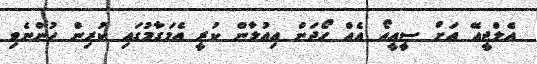
އެލްޖީއޭ އަށް ސީއީއޯ އެއް ހޯދަން އިއުލާން ކުރީ އެމަގާމުގައި ކުރިން ހުންނެވި